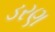
ડરણ